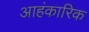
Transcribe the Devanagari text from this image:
आहंकारिक